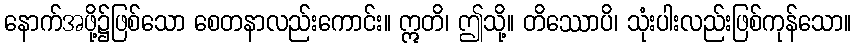
နောက်အဖို့၌ဖြစ်သော စေတနာလည်းကောင်း။ ဣတိ၊ ဤသို့။ တိဿောပိ၊ သုံးပါးလည်းဖြစ်ကုန်သော။